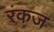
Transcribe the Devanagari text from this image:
रंकज